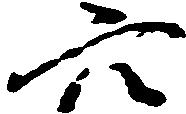
穴